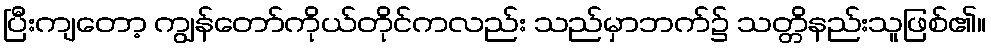
ပြီးကျတော့ ကျွန်တော်ကိုယ်တိုင်ကလည်း သည်မှာဘက်၌ သတ္တိနည်းသူဖြစ်၏။